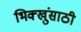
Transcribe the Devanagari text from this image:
भिक्खुंसाठी